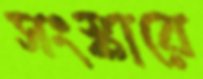
সংস্কারে